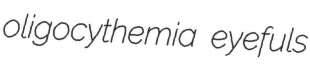
oligocythemia eyefuls